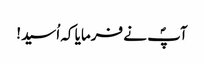
آپؐ نے فرمایا کہ اُسید!